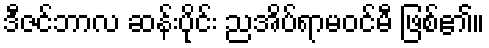
ဒီဇင်ဘာလ ဆန်းပိုင်း ညအိပ်ရာမဝင်မီ ဖြစ်၏။